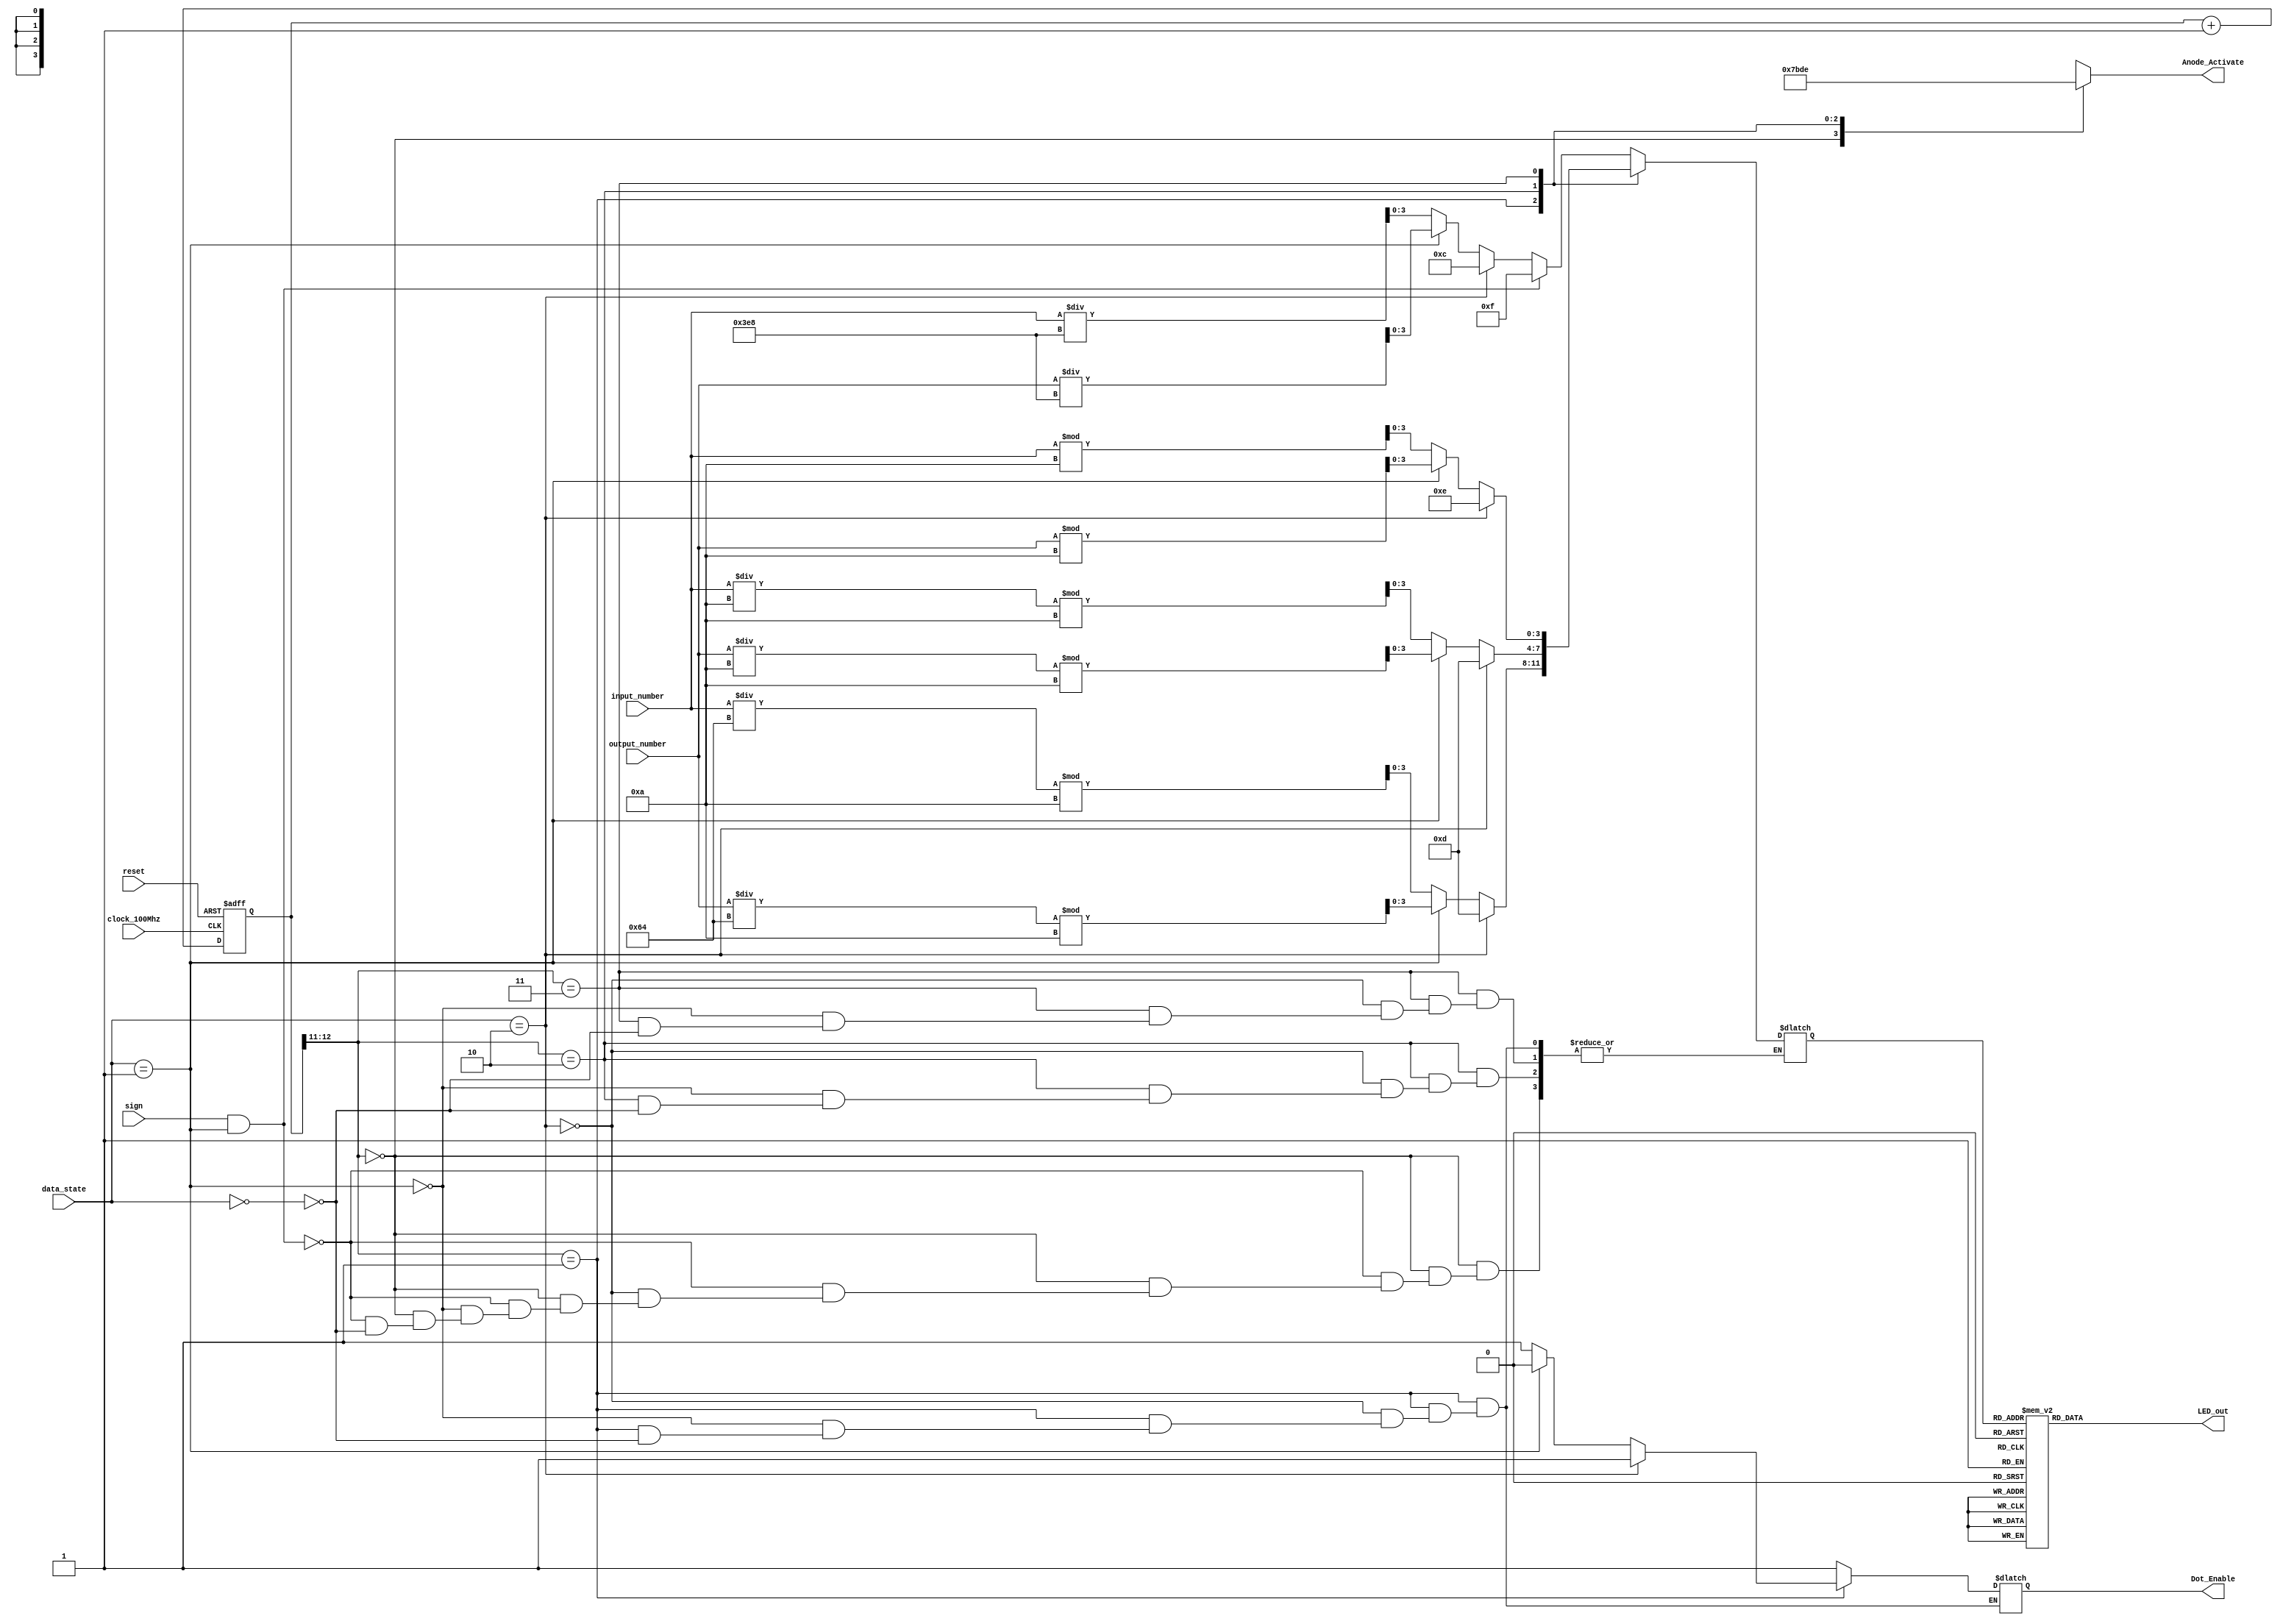
`timescale 1ns / 1ps

module SevenSegmentDisplayer(
	 input clock_100Mhz, // 100 Mhz clock source on Basys 3 FPGA
     input reset, // reset
     input [1:0]data_state,
     input [13:0]input_number,
     input [13:0]output_number,
     input sign,
     output reg [3:0] Anode_Activate, // anode signals of the 7-segment LED display
     output reg [6:0] LED_out,// cathode patterns of the 7-segment LED display
     output reg Dot_Enable // dot signal to enable the dot in the middle
    );
    reg [3:0] LED_PLACEHOLDER;
    reg [12:0] refresh_counter; 
    wire [1:0] LED_activating_counter; 

    localparam Input_State = 0;
    localparam Output_State = 1;
    localparam Error_State = 2;

    always @(posedge clock_100Mhz or posedge reset)begin 
        if(reset==1)
            refresh_counter <= 0;
        else
            refresh_counter <= refresh_counter + 1;
    end 
    assign LED_activating_counter = refresh_counter[12:11];
    // anode activating signals for 4 LEDs, digit period of 0.06144 seconds
    //If the refresh rate is too fast, the numbers cannot be displayed properly
    // Assignments of placeholder values for the segments of the display 
    always @(*)begin
        case(LED_activating_counter)
        2'b00: begin
                Dot_Enable = 1;
                Anode_Activate = 4'b0111; // activate LED1 and Deactivate LED2, LED3, LED4
                if((sign == 1) && (data_state == Output_State)) begin 
                    // If the number is negative, then sign must be 1, but in output state just   
                    LED_PLACEHOLDER = 4'b1111;                         
                end
                else begin
                    if(data_state == Input_State) begin   
                        LED_PLACEHOLDER = (input_number/1000);
                    end
                    if(data_state == Output_State) begin
                        LED_PLACEHOLDER = (output_number/1000);
                    end
                    if(data_state == Error_State) begin
                        LED_PLACEHOLDER = 4'b1100;
                    end
                end
              end
        2'b01: begin
                Anode_Activate = 4'b1011; // activate LED2 and Deactivate LED1, LED3, LED4 
                if(data_state == Input_State) begin
                    Dot_Enable = 1;   
                    LED_PLACEHOLDER = (input_number/100)%10;
                end
                if(data_state == Output_State) begin
                    Dot_Enable = 0;
                    LED_PLACEHOLDER = (output_number/100)%10;
                end
                if(data_state == Error_State) begin
                    Dot_Enable = 1;
                    LED_PLACEHOLDER = 4'b1101;
                end
            end
        2'b10: begin
                Dot_Enable = 1;
                Anode_Activate = 4'b1101; // activate LED3 and Deactivate LED2, LED1, LED4
                if(data_state == Input_State) begin   
                    LED_PLACEHOLDER = (input_number/10)%10;
                end
                if(data_state == Output_State) begin
                    LED_PLACEHOLDER = (output_number/10)%10;
                end
                if(data_state == Error_State) begin
                    LED_PLACEHOLDER = 4'b1101;
                end
            end
        2'b11: begin
                Dot_Enable = 1;
                Anode_Activate = 4'b1110; // activate LED4 and Deactivate LED2, LED3, LED1
                if(data_state == Input_State) begin   
                    LED_PLACEHOLDER = input_number%10;
                end
                if(data_state == Output_State) begin
                    LED_PLACEHOLDER = output_number%10;
                end
                if(data_state == Error_State) begin
                    LED_PLACEHOLDER = 4'b1110;
                end
             end
        endcase
    end
    // Cathode patterns of the 7-segment LED display 
    always @(*)begin
        case(LED_PLACEHOLDER)
        4'b0000: LED_out = 7'b0000001; // The Digit "0"     
        4'b0001: LED_out = 7'b1001111; // The Digit "1" 
        4'b0010: LED_out = 7'b0010010; // The Digit "2" 
        4'b0011: LED_out = 7'b0000110; // The Digit "3" 
        4'b0100: LED_out = 7'b1001100; // The Digit "4" 
        4'b0101: LED_out = 7'b0100100; // The Digit "5" 
        4'b0110: LED_out = 7'b0100000; // The Digit "6" 
        4'b0111: LED_out = 7'b0001111; // The Digit "7" 
        4'b1000: LED_out = 7'b0000000; // The Digit "8"     
        4'b1001: LED_out = 7'b0000100; // The Digit "9" 
        4'b1100: LED_out = 7'b0110000; // The letter 'E' for error state
        4'b1101: LED_out = 7'b1111010; // The letter 'r' for error state
        4'b1110: LED_out = 7'b1111111; // The void state
        4'b1111: LED_out = 7'b1111110; // The Sign "-"
        default: LED_out = 7'b1111111; // The void state
        endcase
    end

endmodule